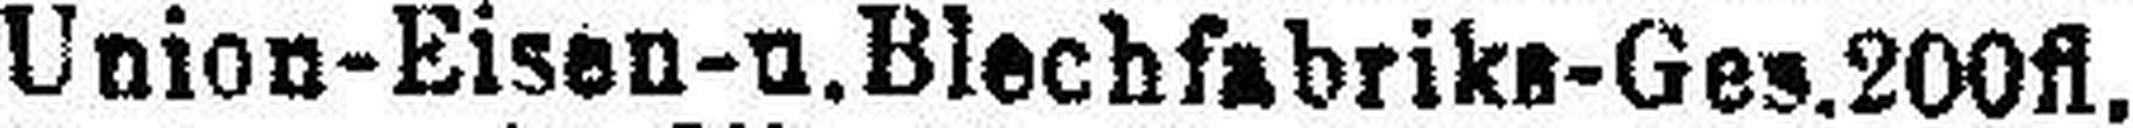
Union-Eisen-u.Blechfabriks-Ges. 200fl.